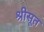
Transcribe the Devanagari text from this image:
श्रीसूत